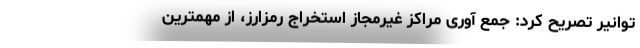
توانیر تصریح کرد: جمع آوری مراکز غیرمجاز استخراج رمزارز، از مهمترین